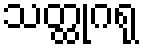
သတ္ထုဂရု